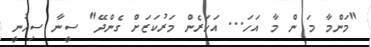
"މަންމާ މަ ން މާ އަހަ... އަހަރެން މަރުކަޒަށް ގެންދޭ" ސީނާ ސިހުނީ